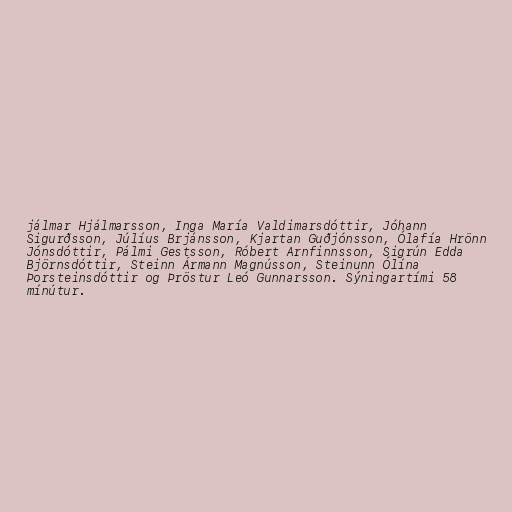
jálmar Hjálmarsson, Inga María Valdimarsdóttir, Jóhann
Sigurðsson, Júlíus Brjánsson, Kjartan Guðjónsson, Ólafía Hrönn
Jónsdóttir, Pálmi Gestsson, Róbert Arnfinnsson, Sigrún Edda
Björnsdóttir, Steinn Ármann Magnússon, Steinunn Ólína
Þorsteinsdóttir og Þröstur Leó Gunnarsson. Sýningartími 58
mínútur.